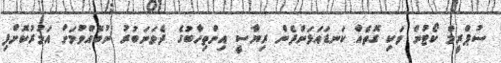
ސުޕްރީމް ކޯޓުން ވަކި ގޮތެއް ކަނޑައަޅަންދެން ރިޔާސީ އިންތިހާބުގެ ދެވަނަބުރު ނުބޭއްވުމަށް އަމުރުކޮށްފި